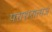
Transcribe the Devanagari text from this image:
पराशरात्मजं